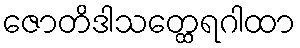
ဇောတိဒါသတ္ထေရဂါထာ